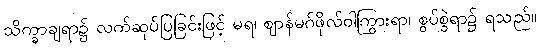
သိက္ခာချရာ၌ လက်ဆုပ်ပြခြင်းဖြင့် မရ၊ ဈာန်မဂ်ဖိုလ်ဝါကြွားရာ၊ စွပ်စွဲရာ၌ ရသည်။